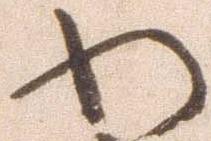
わ